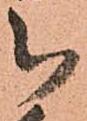
被